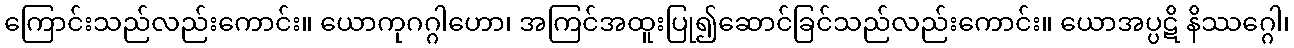
ကြောင်းသည်လည်းကောင်း။ ယောကုဂဂ္ဂါဟော၊ အကြင်အထူးပြု၍ဆောင်ခြင်သည်လည်းကောင်း။ ယောအပ္ပဋိ နိဿဂ္ဂေါ၊